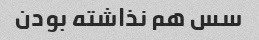
سس هم نذاشته بودن